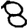
Digit: 8